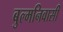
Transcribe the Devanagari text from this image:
बुल्मनिवासी